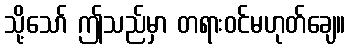
သို့သော် ဤသည်မှာ တရားဝင်မဟုတ်ချေ။